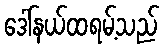
ဒေါ်နယ်ထရမ့်သည်